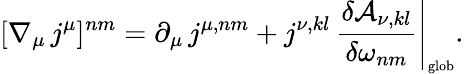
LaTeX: [\nabla_{\mu}\, j^{\mu}]^{nm}=\partial_{\mu}\, j^{\mu,nm}+j^{\nu,kl}\, \left.\frac{\delta{\cal A}_{\nu,kl}}{\delta\omega_{nm}}\right|_{\mathrm{\scriptscriptstyle glob}}.